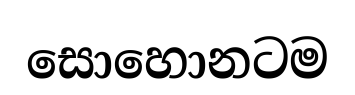
සොහොනටම